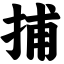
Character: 捕